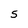
Character: S